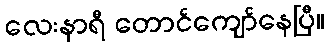
လေးနာရီ တောင်ကျော်နေပြီ။